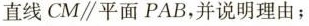
直线CM\parallel平面PAB，并说明理由;